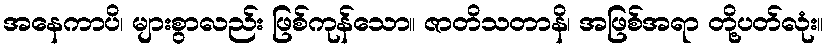
အနေကာပိ၊ များစွာလည်း ဖြစ်ကုန်သော။ ဇာတိသတာနိ၊ အဖြစ်အရာ တို့ပတ်လုံး။